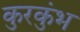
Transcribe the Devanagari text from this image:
कुरकुंभ